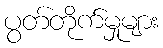
ပွတ်တိုက်မှုများ